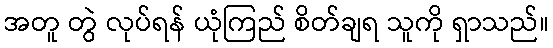
အတူ တွဲ လုပ်ရန် ယုံကြည် စိတ်ချရ သူကို ရှာသည်။